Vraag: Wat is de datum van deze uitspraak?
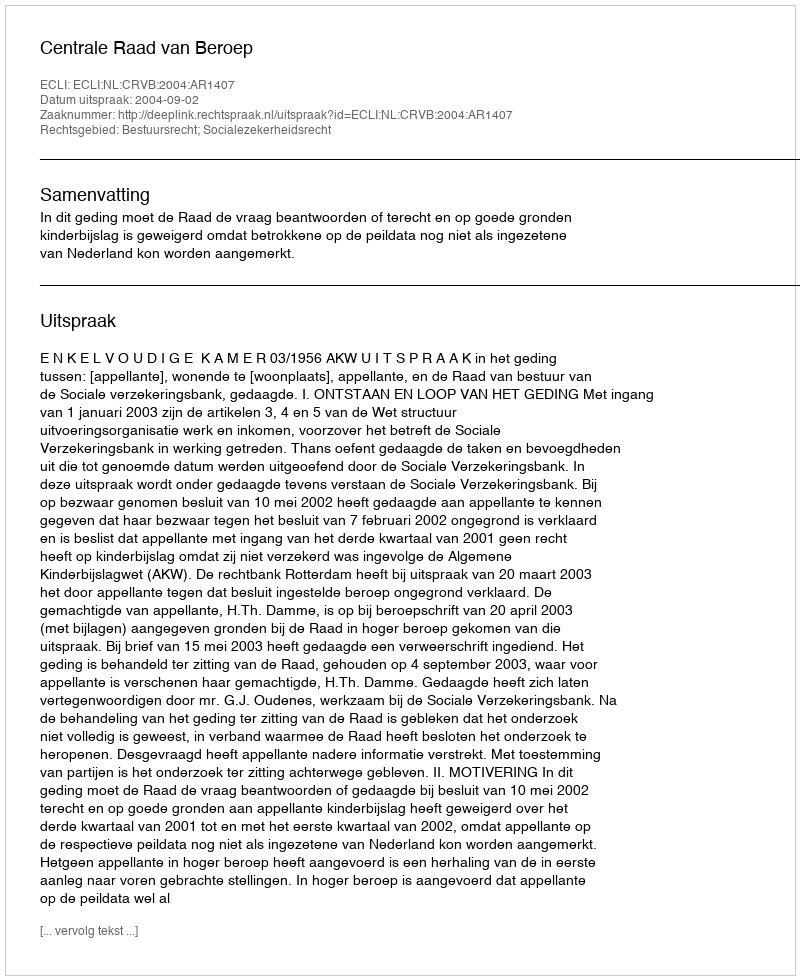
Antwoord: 2004-09-02